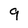
Character: 9